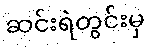
ဆင်းရဲတွင်းမှ